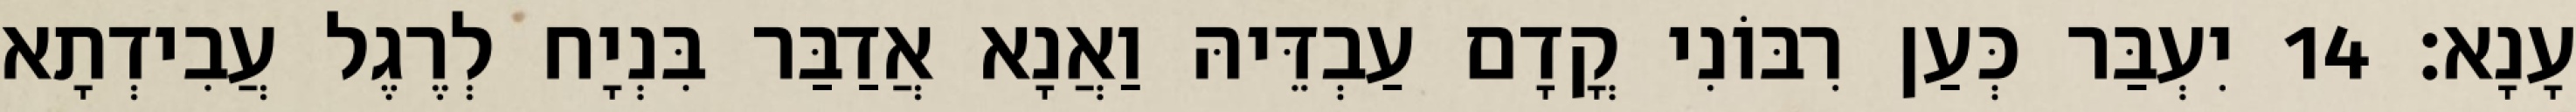
עָנָא׃ 14 יִעְבַּר כְּעַן רִבּוֹנִי קֳדָם עַבְדֵּיהּ וַאֲנָא אֲדַבַּר בִּנְיָח לְרֶגֶל עֲבִידְתָא